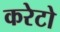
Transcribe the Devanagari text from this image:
करेटो